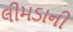
લીમડાની